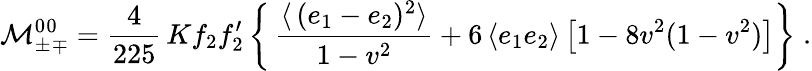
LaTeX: {\cal M}_{\pm\: \! \, \! \mp}^{0\: \! 0}=\frac{4}{225}\, Kf_{2}f_{2}^{\prime}\left\{ \, \frac{\langle\, (e_{1}-e_{2})^{2}\rangle}{1-v^{2}}+6\, \langle e_{1}e_{2}\rangle\left[1-8v^{2}(1-v^{2})\right]\right\} \; .